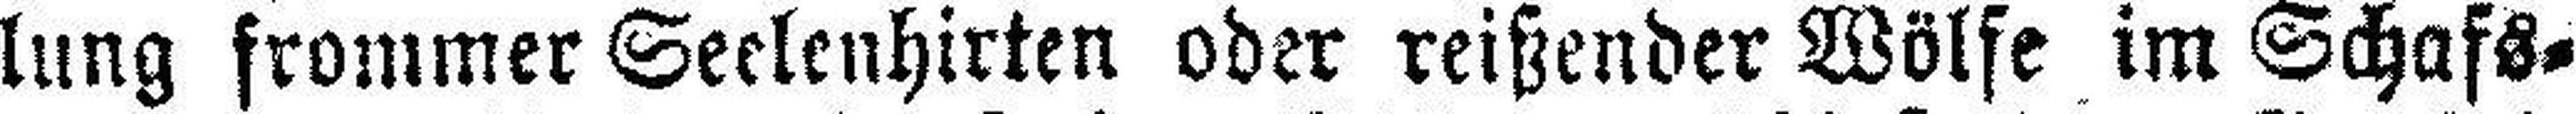
lung frommer Seelenhirten oder reißender Wölfe im Schafs¬